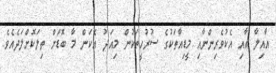
އާއިލާ އާއި އެކުވެރިންނާއި މީޑިއާތަކުގެ ސުރުހީތަކުން މިއަދު އެކަން މާ ބޮޑަށް ތިލަކޮށްލަދެއެވެ.